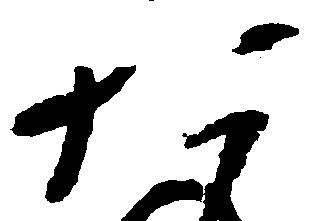
た